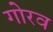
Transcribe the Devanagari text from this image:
गोरव